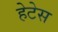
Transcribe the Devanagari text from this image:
हेटेस